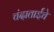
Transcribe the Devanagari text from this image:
चंदाताईंचे